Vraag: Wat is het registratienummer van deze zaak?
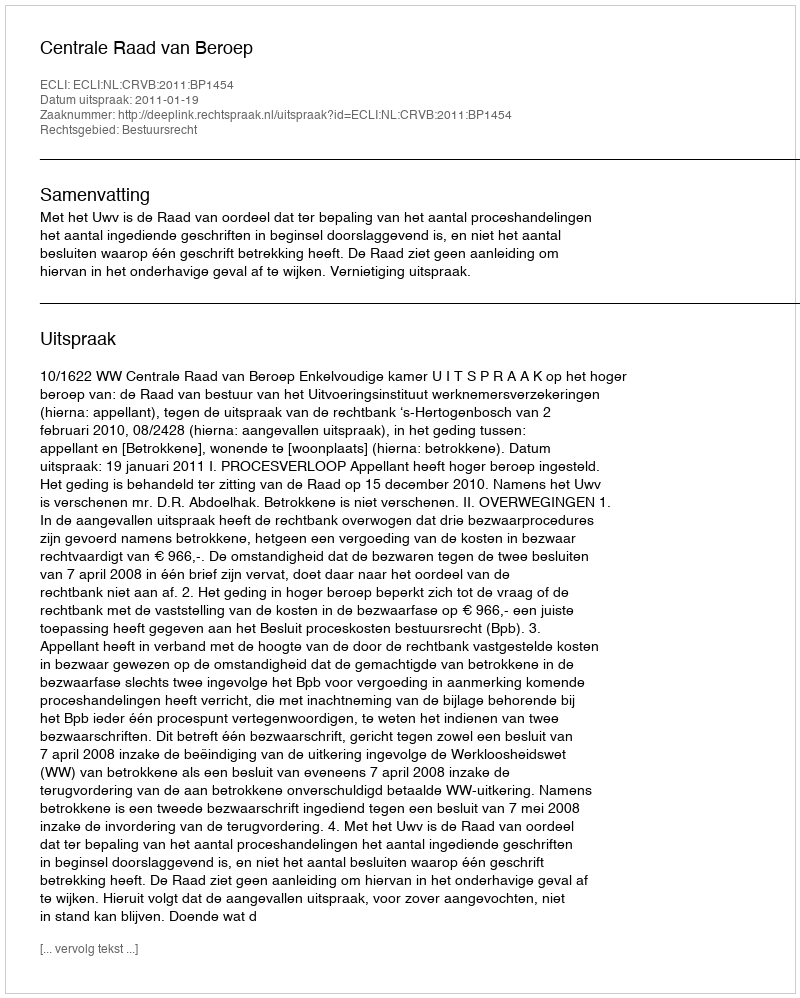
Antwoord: http://deeplink.rechtspraak.nl/uitspraak?id=ECLI:NL:CRVB:2011:BP1454